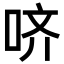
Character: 哜